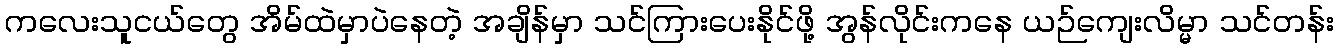
ကလေးသူငယ်တွေ အိမ်ထဲမှာပဲနေတဲ့ အချိန်မှာ သင်ကြားပေးနိုင်ဖို့ အွန်လိုင်းကနေ ယဉ်ကျေးလိမ္မာ သင်တန်း